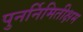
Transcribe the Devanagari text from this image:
पुनर्निमितीक्षम